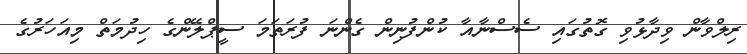
ރިލްވާން ވިދާޅުވި ގޮތުގައި ސެސްނާއާ ކުންފުނިން ގެންނަ ފުރަތަމަ ސީޕްލޭންގެ ހިދުމަތް މިއަހަރުގެ